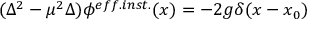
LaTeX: ( \Delta ^ { 2 } - \mu ^ { 2 } \Delta ) \phi ^ { e f f . i n s t . } ( x ) = - 2 g \delta ( x - x _ { 0 } )